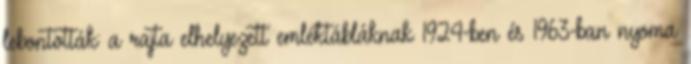
lebontották: a rajta elhelyezett emléktábláknak 1924-ben és 1963-ban nyoma